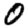
Digit: 0